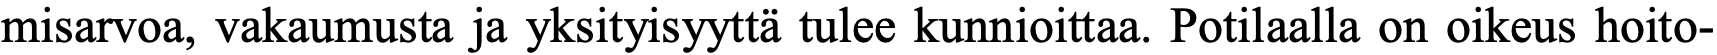
misarvoa, vakaumusta ja yksityisyyttä tulee kunnioittaa. Potilaalla on oikeus hoito-